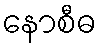
နောစီဓ